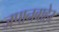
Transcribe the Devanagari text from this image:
जपानबाहेर